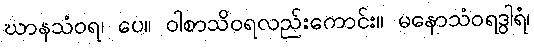
ဃာနသံဝရ၊ ပေ။ ဝါစာသိဝရလည်းကောင်း။ မနောသံဝရဒွါရံ၊